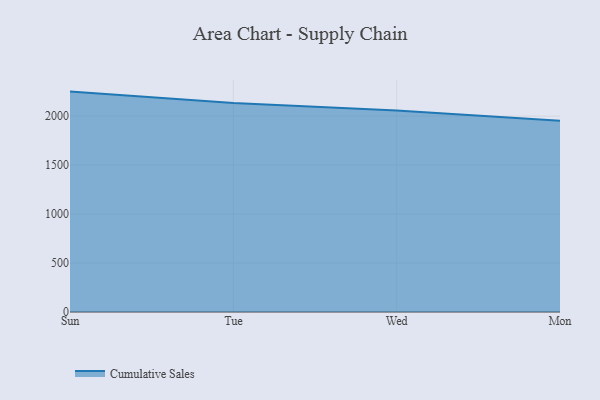
{"axis": {"x": "Day", "y": "Energy Usage (MWh)"}, "legend": ["Cumulative Sales"], "data": [{"x": "Sun", "y": 2250.0, "type": "Cumulative Sales"}, {"x": "Tue", "y": 2134.8, "type": "Cumulative Sales"}, {"x": "Wed", "y": 2058.0, "type": "Cumulative Sales"}, {"x": "Mon", "y": 1952.7, "type": "Cumulative Sales"}]}